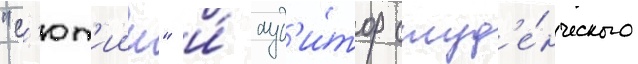
"с'ют'иин" и́ ауд'и́тор студ'е́нческого